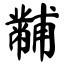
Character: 黼